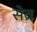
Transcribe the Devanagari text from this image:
सेव्र